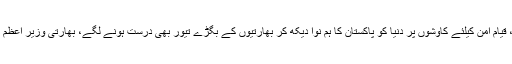
پلوامہ حملے کے بعد پاکستان کی شاندار سفارت کاری کے ثمرات سامنے آنے لگی، قیام امن کیلئے کاوشوں پر دنیا کو پاکستان کا ہم نوا دیکھ کر بھارتیوں کے بگڑے تیور بھی درست ہونے لگے، بھارتی وزیر اعظم نریندر مودی نے وزیر اعظم عمران خان کو یوم پاکستان پر مبارکباد پیغام بھجوا دیا۔